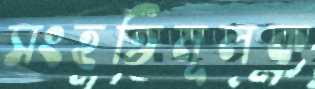
সংহতিমূলক